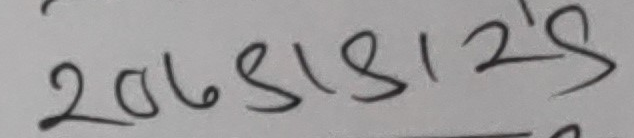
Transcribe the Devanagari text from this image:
२०७४।४।२'s